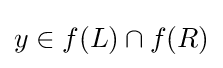
y\in f(L)\cap f(R)